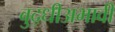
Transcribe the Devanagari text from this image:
बुद्धीअभावी